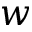
{ \boldsymbol w }